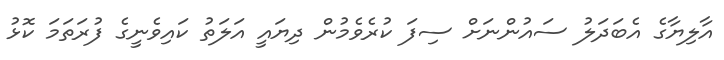
އާލިޔާގެ އެބަދަލު ސައުންނަށް ސިފަ ކުރެވެމުން ދިޔައީ އަލަތު ކައިވެނީގެ ފުރަތަމަ ކޮޅު